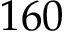
1 6 0